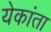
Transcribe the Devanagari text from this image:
येकांता